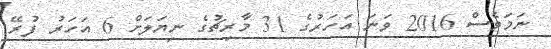
ނަމަވެސް 2016 ވަނަ އަހަރުގެ 31 މާރިޗުގެ ނިޔަލަށް 6 އަހަރު ފުރޭ